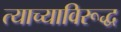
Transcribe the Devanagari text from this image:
त्याच्याविरूद्ध